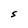
Character: S